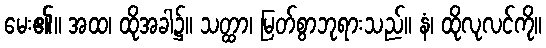
မေး၏။ အထ၊ ထိုအခါ၌။ သတ္ထာ၊ မြတ်စွာဘုရားသည်။ နံ၊ ထိုလုလင်ကို။